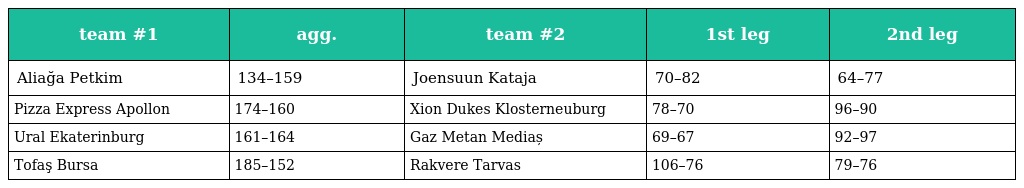
| team #1 | agg. | team #2 | 1st leg | 2nd leg |
 | --- | --- | --- | --- | --- |
 | Aliağa Petkim | 134–159 | Joensuun Kataja | 70–82 | 64–77 |
 | Pizza Express Apollon | 174–160 | Xion Dukes Klosterneuburg | 78–70 | 96–90 |
 | Ural Ekaterinburg | 161–164 | Gaz Metan Mediaș | 69–67 | 92–97 |
 | Tofaş Bursa | 185–152 | Rakvere Tarvas | 106–76 | 79–76 |